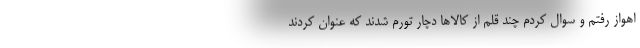
اهواز رفتم و سوال کردم چند قلم از کالاها دچار تورم شدند که عنوان کردند